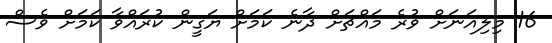
16 މިލިއަނަށް ވުރެ މައްޗަށް ދާނެ ކަމަށް ޔަގީން ކުރައްވާ ކަމަށް ވެސް